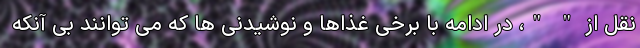
نقل از " "، در ادامه با برخی غذاها و نوشیدنی ها که می توانند بی آنکه